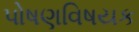
પોષણવિષયક